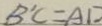
B ^ { \prime } C = A D